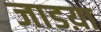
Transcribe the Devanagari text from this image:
जाडय़ा